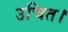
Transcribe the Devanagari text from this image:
उचित।